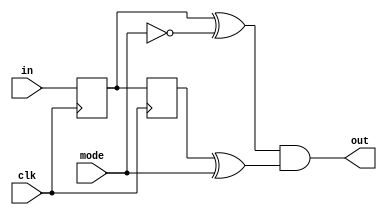
// Copyright (C) 2018  Intel Corporation. All rights reserved.
// Your use of Intel Corporation's design tools, logic functions 
// and other software and tools, and its AMPP partner logic 
// functions, and any output files from any of the foregoing 
// (including device programming or simulation files), and any 
// associated documentation or information are expressly subject 
// to the terms and conditions of the Intel Program License 
// Subscription Agreement, the Intel Quartus Prime License Agreement,
// the Intel FPGA IP License Agreement, or other applicable license
// agreement, including, without limitation, that your use is for
// the sole purpose of programming logic devices manufactured by
// Intel and sold by Intel or its authorized distributors.  Please
// refer to the applicable agreement for further details.

// PROGRAM		"Quartus Prime"
// VERSION		"Version 18.0.0 Build 614 04/24/2018 SJ Lite Edition"
// CREATED		"Fri Nov 15 12:38:21 2019"

module pulser(
	clk,
	mode,
	in,
	out
);


input wire	clk;
input wire	mode;
input wire	in;
output wire	out;

reg	SYNTHESIZED_WIRE_3;
wire	SYNTHESIZED_WIRE_0;
wire	SYNTHESIZED_WIRE_1;
reg	DFF_inst1;
wire	SYNTHESIZED_WIRE_2;





always@(posedge clk)
begin
	begin
	SYNTHESIZED_WIRE_3 <= in;
	end
end


always@(posedge clk)
begin
	begin
	DFF_inst1 <= SYNTHESIZED_WIRE_3;
	end
end

assign	out = SYNTHESIZED_WIRE_0 & SYNTHESIZED_WIRE_1;

assign	SYNTHESIZED_WIRE_1 = DFF_inst1 ^ mode;

assign	SYNTHESIZED_WIRE_0 = SYNTHESIZED_WIRE_3 ^ SYNTHESIZED_WIRE_2;

assign	SYNTHESIZED_WIRE_2 =  ~mode;


endmodule